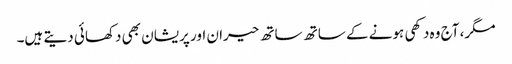
مگر، آج وہ دکھی ہونے کے ساتھ ساتھ حیران اور پریشان بھی دکھائی دیتے ہیں۔